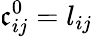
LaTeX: \mathfrak{c}_{ij}^{0}=l_{ij}